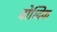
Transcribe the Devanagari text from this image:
बोध्दिक